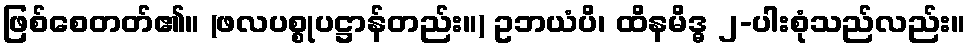
ဖြစ်စေတတ်၏။ (ဖလပစ္စုပဋ္ဌာန်တည်း။) ဥဘယံပိ၊ ထိနမိဒ္ဓ ၂-ပါးစုံသည်လည်း။